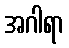
အဂါရာ